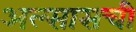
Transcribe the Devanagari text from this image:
अल्सासची